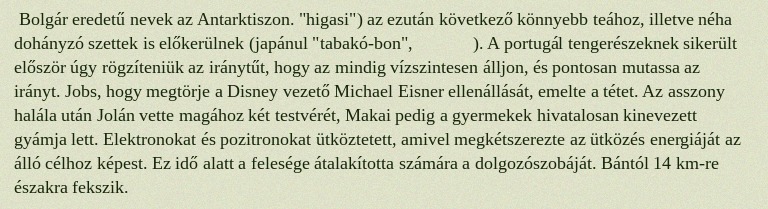
Bolgár eredetű nevek az Antarktiszon. "higasi") az ezután következő könnyebb teához, illetve néha dohányzó szettek is előkerülnek (japánul "tabakó-bon", タバコ盆). A portugál tengerészeknek sikerült először úgy rögzíteniük az iránytűt, hogy az mindig vízszintesen álljon, és pontosan mutassa az irányt. Jobs, hogy megtörje a Disney vezető Michael Eisner ellenállását, emelte a tétet. Az asszony halála után Jolán vette magához két testvérét, Makai pedig a gyermekek hivatalosan kinevezett gyámja lett. Elektronokat és pozitronokat ütköztetett, amivel megkétszerezte az ütközés energiáját az álló célhoz képest. Ez idő alatt a felesége átalakította számára a dolgozószobáját. Bántól 14 km-re északra fekszik.